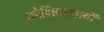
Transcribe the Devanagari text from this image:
कोशिकातत्वों